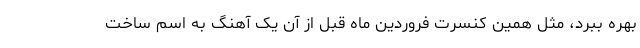
بهره ببرد، مثل همین کنسرت فروردین ماه قبل از آن یک آهنگ به اسم ساخت